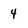
Character: 4